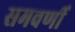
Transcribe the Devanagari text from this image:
समवर्णी